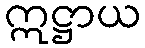
ဣဋ္ဌာယ